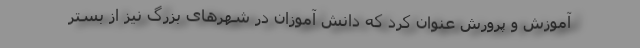
آموزش و پرورش عنوان کرد که دانش آموزان در شهرهای بزرگ نیز از بستر